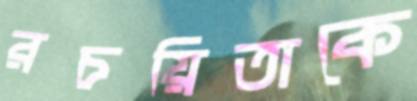
রচয়িতাকে